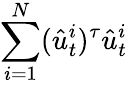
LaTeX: \sum_{i=1}^{N}(\hat{u}_{t}^{i})^{\tau}\hat{u}_{t}^{i}